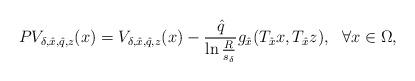
LaTeX: \begin{align*}PV_{\delta, \hat{x}, \hat{q}, z}(x)=V_{\delta, \hat{x}, \hat{q}, z}(x)-\frac{\hat{q}}{\ln\frac{R}{s_\delta}}g_{\hat{x}}(T_{\hat{x}}x, T_{\hat{x}}z),\ \ \forall x\in\Omega,\end{align*}